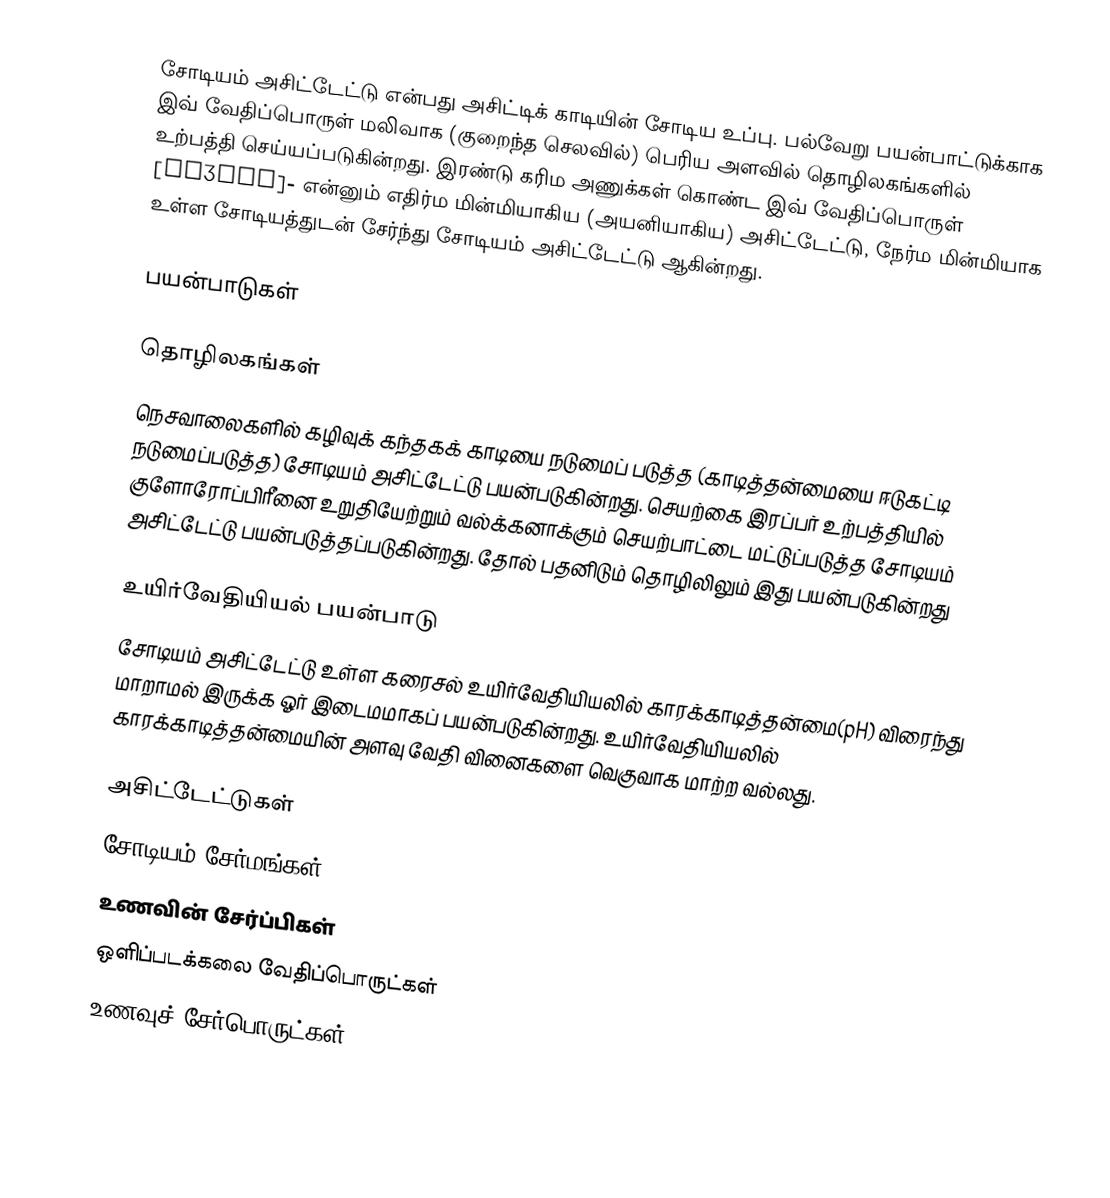
சோடியம் அசிட்டேட்டு என்பது அசிட்டிக் காடியின் சோடிய உப்பு. பல்வேறு பயன்பாட்டுக்காக இவ் வேதிப்பொருள் மலிவாக (குறைந்த செலவில்) பெரிய அளவில் தொழிலகங்களில் உற்பத்தி செய்யப்படுகின்றது. இரண்டு கரிம அணுக்கள் கொண்ட இவ் வேதிப்பொருள் [CH3COO]− என்னும் எதிர்ம மின்மியாகிய (அயனியாகிய) அசிட்டேட்டு, நேர்ம மின்மியாக உள்ள சோடியத்துடன் சேர்ந்து சோடியம் அசிட்டேட்டு ஆகின்றது.

பயன்பாடுகள்

தொழிலகங்கள்
நெசவாலைகளில் கழிவுக் கந்தகக் காடியை நடுமைப் படுத்த (காடித்தன்மையை ஈடுகட்டி நடுமைப்படுத்த) சோடியம் அசிட்டேட்டு பயன்படுகின்றது. செயற்கை இரப்பர் உற்பத்தியில் குளோரோப்பிரீனை உறுதியேற்றும் வல்க்கனாக்கும் செயற்பாட்டை மட்டுப்படுத்த சோடியம் அசிட்டேட்டு பயன்படுத்தப்படுகின்றது. தோல் பதனிடும் தொழிலிலும் இது பயன்படுகின்றது

உயிர்வேதியியல் பயன்பாடு
சோடியம் அசிட்டேட்டு உள்ள கரைசல் உயிர்வேதியியலில் காரக்காடித்தன்மை(pH) விரைந்து மாறாமல் இருக்க ஓர் இடைமமாகப் பயன்படுகின்றது. உயிர்வேதியியலில் காரக்காடித்தன்மையின் அளவு வேதி வினைகளை வெகுவாக மாற்ற வல்லது.

அசிட்டேட்டுகள்
சோடியம் சேர்மங்கள்
உணவின் சேர்ப்பிகள்
ஒளிப்படக்கலை வேதிப்பொருட்கள்
உணவுச் சேர்பொருட்கள்